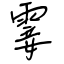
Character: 霎